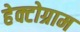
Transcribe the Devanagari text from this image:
हेक्टोग्राम